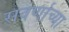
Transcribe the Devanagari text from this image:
सवर्णाच्या